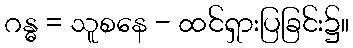
ဂန္ဓ = သူစနေ - ထင်ရှားပြခြင်း၌။